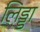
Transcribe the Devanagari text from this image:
लिड्डा